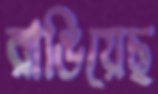
রাঙিয়েছ